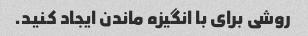
روشی برای با انگیزه ماندن ایجاد کنید.